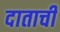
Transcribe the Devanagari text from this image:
दाताची